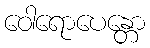
ဝေါရောပေန္တော